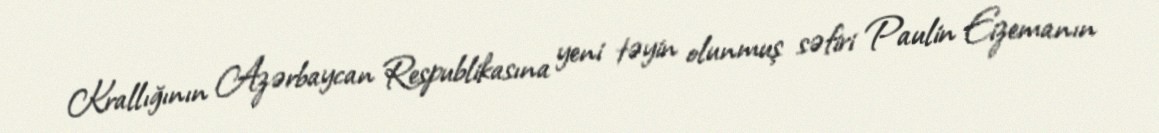
Krallığının Azərbaycan Respublikasına yeni təyin olunmuş səfiri Paulin Eizemanın